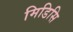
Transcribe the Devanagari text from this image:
मिडिसि